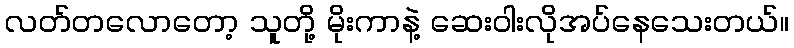
လတ်တလောတော့ သူတို့ မိုးကာနဲ့ ဆေးဝါးလိုအပ်နေသေးတယ်။